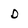
Character: D